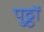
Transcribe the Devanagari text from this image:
पुठ्ठों